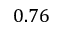
0 . 7 6